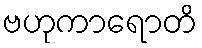
ဗဟုကာရောတိ